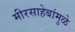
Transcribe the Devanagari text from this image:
मीरसाहेबांमुळे